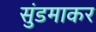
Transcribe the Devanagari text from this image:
सुंडमाकर